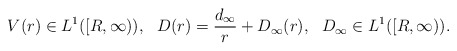
\begin{align*}V(r) \in L^{1}([R, \infty)),\ \ D(r)=\frac{d_{\infty}}{r}+D_{\infty}(r),\ \ D_{\infty} \in L^{1}([R, \infty)).\end{align*}